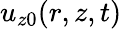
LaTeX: u_{z0}(r,z,t)